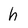
Character: h